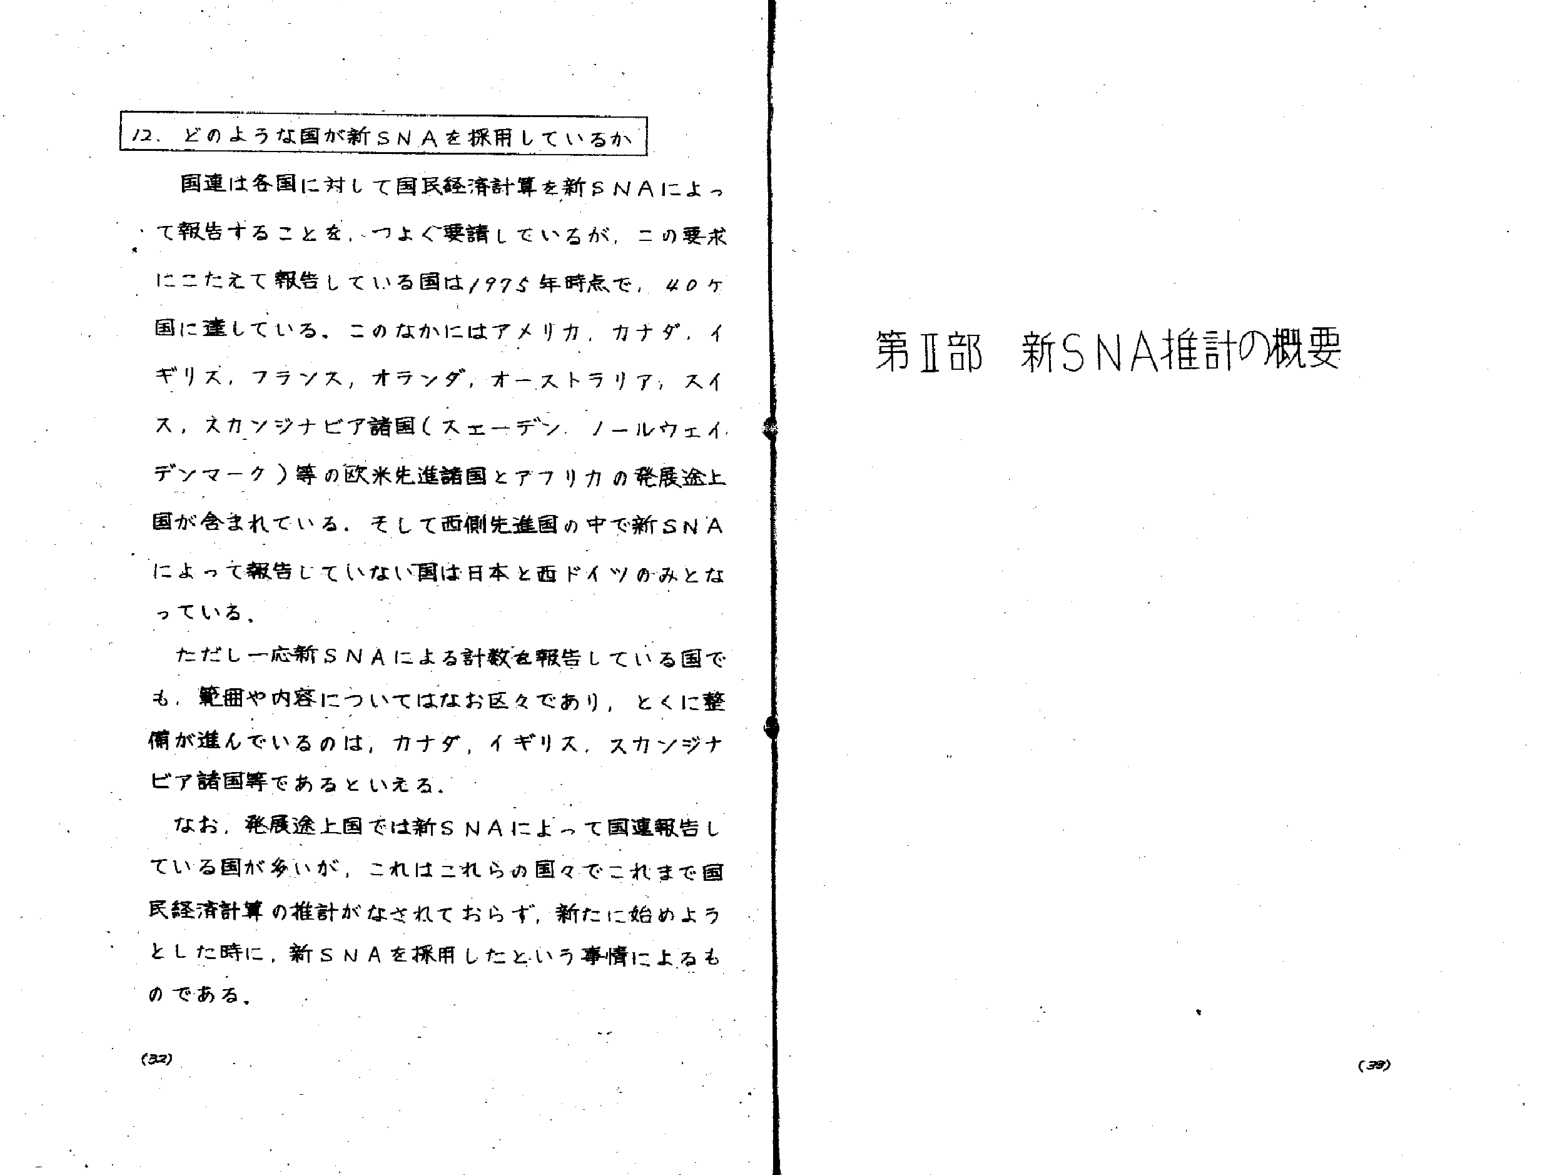
12. どのような国が新SNAを採用しているか

国連は各国に対して国民経済計算を新SNAによって報告することを、つよく要請しているが、この要求にこたえて報告している国は1975年時点で、40ヶ国に達している。このなかにはアメリカ、カナダ、イギリス、フランス、オランダ、オーストラリア、スイス、スカンジナビア諸国（スエーデン、ノールウェイ、デンマーク）等の欧米先進諸国とアフリカの発展途上国が含まれている。そして西側先進国の中で新SNAによって報告していない国は日本と西ドイツのみとなっている。

ただし一応新SNAによる計数を報告している国でも、範囲や内容についてはなお区々であり、とくに整備が進んでいるのは、カナダ、イギリス、スカンジナビア諸国等であるといえる。

なお、発展途上国では新SNAによって国連報告している国が多いが、これはこれらの国々でこれまで国民経済計算の推計がなされておらず、新たに始めようとした時に、新SNAを採用したという事情によるものである。

(32)

第Ⅱ部 新SNA推計の概要

(33)